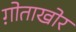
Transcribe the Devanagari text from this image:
ग़ोताखोर